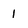
Character: 1